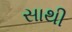
સાથી